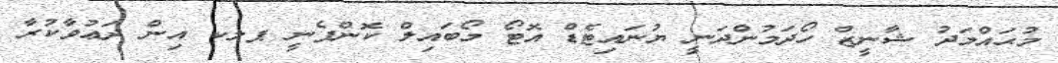
މުޙައްމަދު ޝާނީޒް ހޯދަމުންދަނީ ޔުނައިޓެޑް އޮޓޯ މޯބައިލް ކޮންޕެނީ ޕލކ އިން ދަޢުވާކުރާ